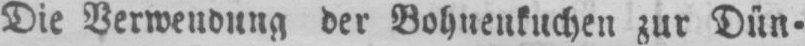
Die Verwendung der Bohnenkuchen zur Dün⸗